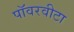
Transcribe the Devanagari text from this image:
पॉवरवीटा